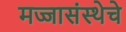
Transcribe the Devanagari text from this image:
मज्जासंस्थेचे